Annual report of the Imperial Bacteriological Laboratory, Muktesar
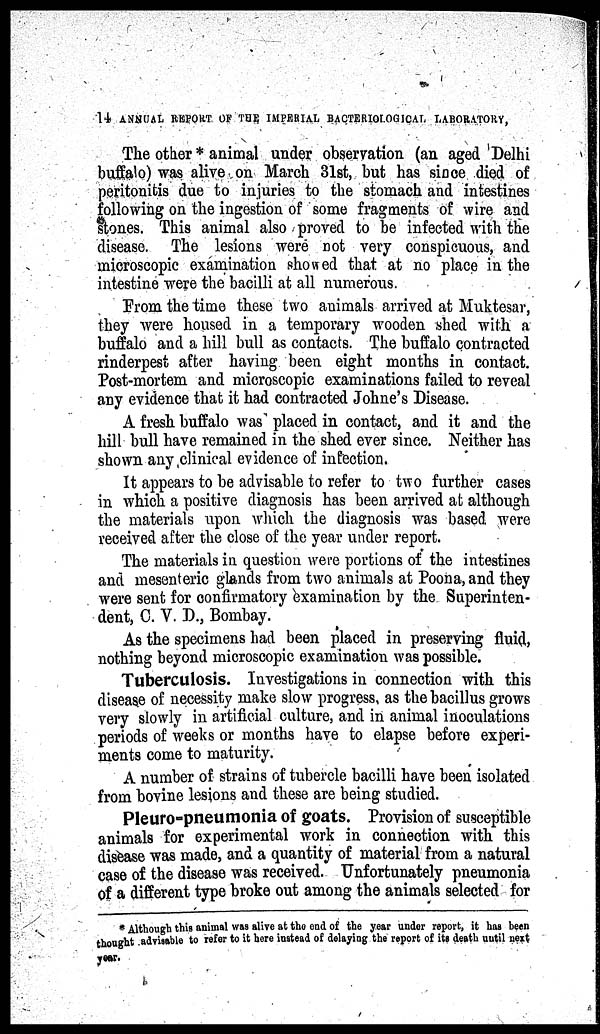
14 ANNUAL REPORT OF THE IMPERIAL BACTERIOLOGICAL LABORATORY,
The other * animal under observation (an aged Delhi
buffalo) was alive on March 31st, but has since died of
peritonitis due to injuries to the stomach and intestines
following on the ingestion of some fragments of wire and
stones. This animal also proved to be infected with the
disease. The lesions were not very conspicuous, and
microscopic examination showed that at no place in the
intestine were the bacilli at all numerous.
From the time these two animals arrived at Muktesar,
they were housed in a temporary wooden shed with a
buffalo and a hill bull as contacts. The buffalo contracted
rinderpest after having been eight months in contact.
Post-mortem and microscopic examinations failed to reveal
any evidence that it had contracted Johne's Disease.
A fresh buffalo was placed in contact, and it and the
hill bull have remained in the shed ever since. Neither has
shown any clinical evidence of infection.
It appears to be advisable to refer to two further cases
in which a positive diagnosis has been arrived at although
the materials upon which the diagnosis was based were
received after the close of the year under report.
The materials in question were portions of the intestines
and mesenteric glands from two animals at Poona,and they
were sent for confirmatory examination by the Superinten-
dent, C. V. D., Bombay.
As the specimens had been placed in preserving fluid,
nothing beyond microscopic examination was possible.
Tuberculosis. Investigations in connection with this
disease of necessity make slow progress, as the bacillus grows
very slowly in artificial culture, and in animal inoculations
periods of weeks or months have to elapse before experi-
ments come to maturity.
A number of strains of tubercle bacilli have been isolated
from bovine lesions and these are being studied.
Pleuro-pneumonia of goats. Provision of susceptible
animals for experimental work in connection with this
disease was made, and a quantity of material from a natural
case of the disease was received. Unfortunately pneumonia
of a different type broke out among the animals selected for
* Although this animal was alive at the end of the year under report, it has been
thought advisable to refer to it here instead of delaying the report of its death until next
year.